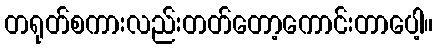
တရုတ်စကားလည်းတတ်တော့ကောင်းတာပေါ့။